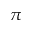
\pi